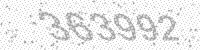
Solution: 363992